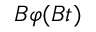
B \varphi ( B t )